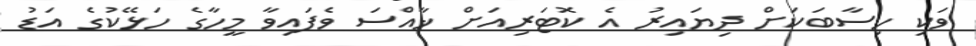
ވަކި ހިސާބަކަށް ދިޔައިރު އެ ކޮޓަރިއަށް ޚާއްސަ ވެފައިވާ މީހާގެ ހަޅޭކުގެ އަޑު